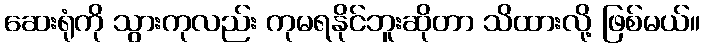
ဆေးရုံကို သွားကုလည်း ကုမရနိုင်ဘူးဆိုတာ သိထားလို့ ဖြစ်မယ်။